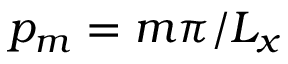
p _ { m } = m \pi / L _ { x }